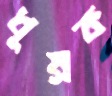
ধূম্রক